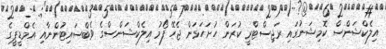
އިލެކްޝަންސް ކޮމިޝަނުގައި ރަޖިސްޓްރީ ކުރަން ހުށަހަޅަން ޖެހޭ ފޯމު އިލެކްޝަންސްގެ ވެބްސައިޓުންނާއި އެމްޑީޕީގެ